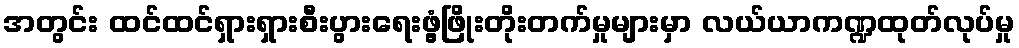
အတွင်း ထင်ထင်ရှားရှားစီးပွားရေးဖွံ့ဖြိုးတိုးတက်မှုများမှာ လယ်ယာကဏ္ဍထုတ်လုပ်မှု